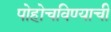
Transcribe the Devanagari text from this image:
पोहोचविण्याची